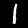
Digit: 1